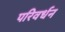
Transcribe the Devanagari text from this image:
परिवर्धन